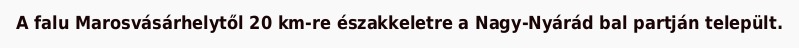
A falu Marosvásárhelytől 20 km-re északkeletre a Nagy-Nyárád bal partján települt.